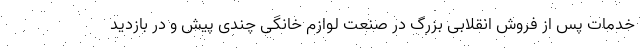
خدمات پس از فروش انقلابی بزرگ در صنعت لوازم خانگی چندی پیش و در بازدید